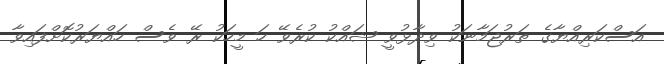
އަސްކަރިއްޔާގެ ތަރުޖަމާނަކު ވިދާޅުވީ ޝައްކު ކުރެވޭ ހަ މީހަކު ރޭ ވެސް ހައްޔަރުކޮށްފައިވާ